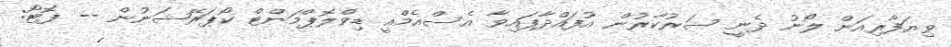
ވިޔަފާރިއަށް ލޯނު ދެނީ ސަރުކާރުން އުފައްދާފައިވާ އެސްއެމްއީ ޑިވްލޮޕްމަންޓް ކޯޕަރޭޝަނުން -- ފޮޓޯ: